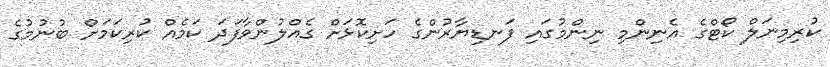
ކުރިމިނަލް ކޯޓްގެ އެނިންމި ނިންމުގައި ފަނޑިޔާރުންގެ ހަށިކޮޅަށް ގެއްލުންވާފަދަ ކަމެއް ކުރިކަމަށް ބުނުމުގެ